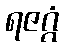
ရဇဂ္ဂံ